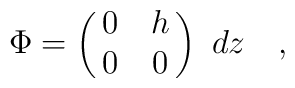
\Phi=\pmatrix{0&h\cr0&0}~dz\quad,